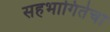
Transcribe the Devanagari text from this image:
सहभागितेचा